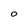
Character: O